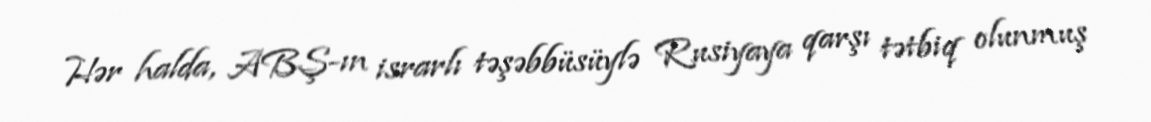
Hər halda, ABŞ-ın israrlı təşəbbüsüylə Rusiyaya qarşı tətbiq olunmuş